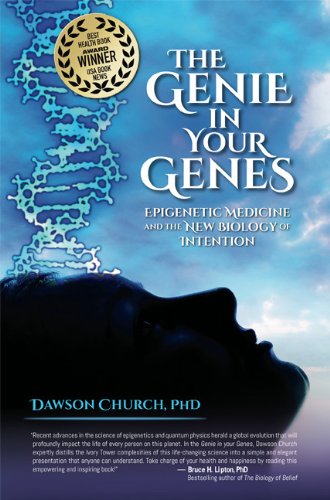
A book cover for The Genie in Your Genes: Epigenetic Medicine and the New Biology of Intention; Dawson Church; Health, Fitness & Dieting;